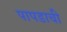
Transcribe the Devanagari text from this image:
पापडाची